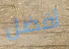
أفضل